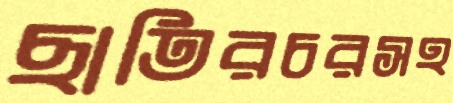
ছাতিরচরসহ